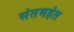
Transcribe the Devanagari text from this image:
संतमहंत